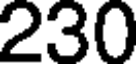
230